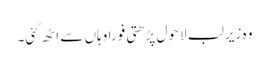
وہ زیرِ لب لا حول پڑھتی فوراً وہاں سے اٹھ گئی۔